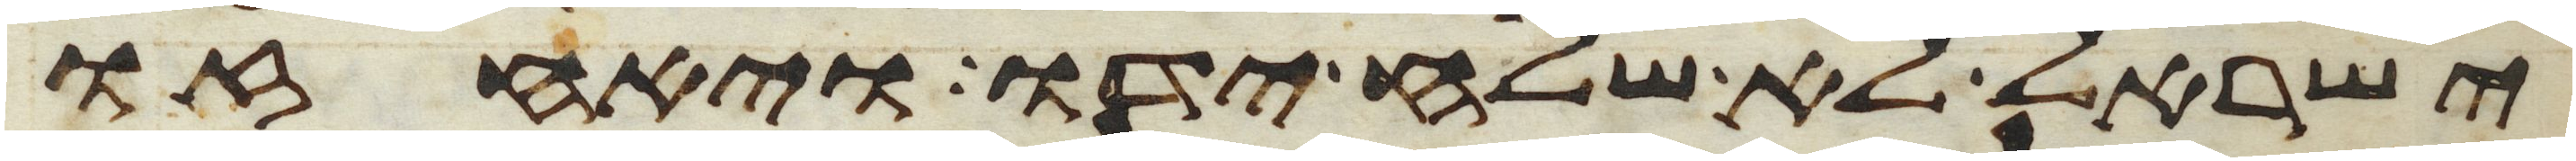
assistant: ישראל לא שלח ידו ויאחזו